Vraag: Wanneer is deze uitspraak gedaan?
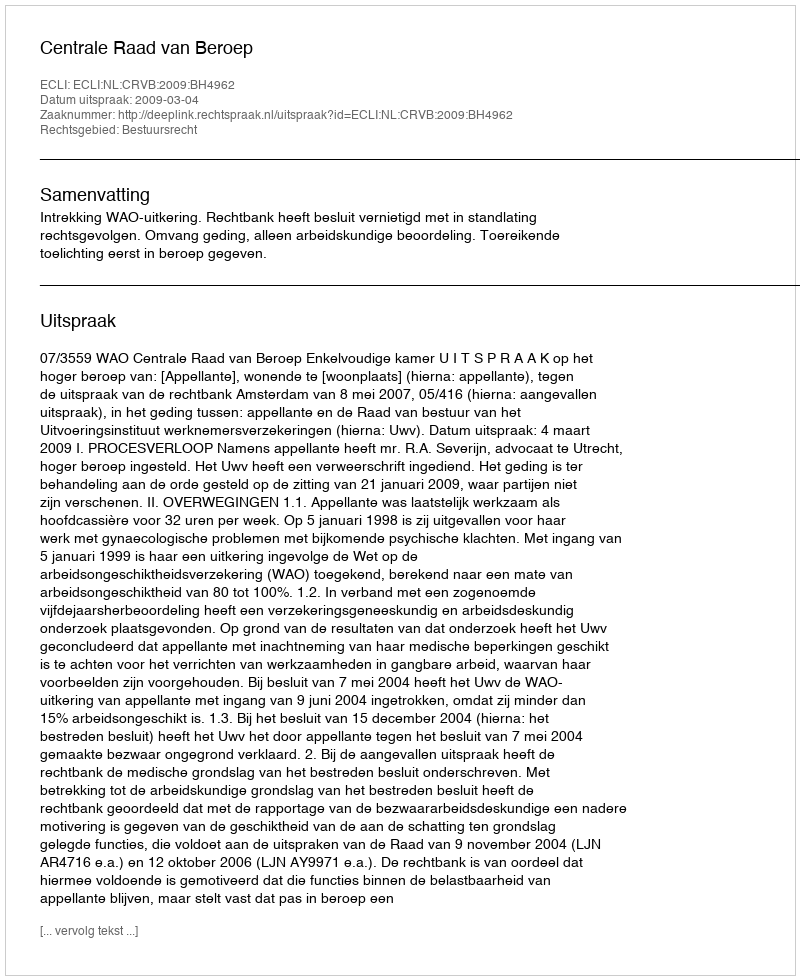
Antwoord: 2009-03-04